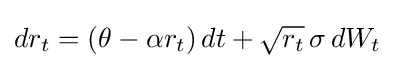
dr_{t}=(\theta -\alpha r_{t})\,dt+{\sqrt {r_{t}}}\,\sigma \,dW_{t}